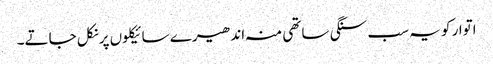
اتوار کو یہ سب سنگی ساتھی منہ اندھیرے سائیکلوں پر نکل جاتے۔